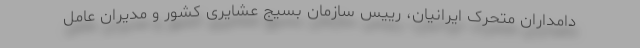
دامداران متحرک ایرانیان، رییس سازمان بسیج عشایری کشور و مدیران عامل